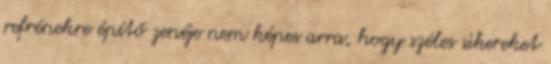
refrénekre építő zenéje nem képes arra, hogy széles sikereket